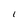
Character: 1